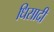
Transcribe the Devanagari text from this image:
धिसादी